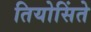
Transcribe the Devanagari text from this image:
तियोसिंते